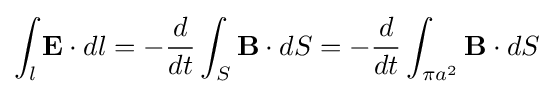
\int _{l}\mathbf {E} \cdot dl=-{\frac {d}{dt}}\int _{S}{\mathbf {B} \cdot dS}=-{\frac {d}{dt}}\int _{\pi a^{2}}{\mathbf {B} \cdot dS}